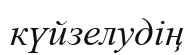
күйзелудің